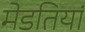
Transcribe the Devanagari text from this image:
मेडतियां